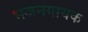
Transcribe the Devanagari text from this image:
भजनगायक